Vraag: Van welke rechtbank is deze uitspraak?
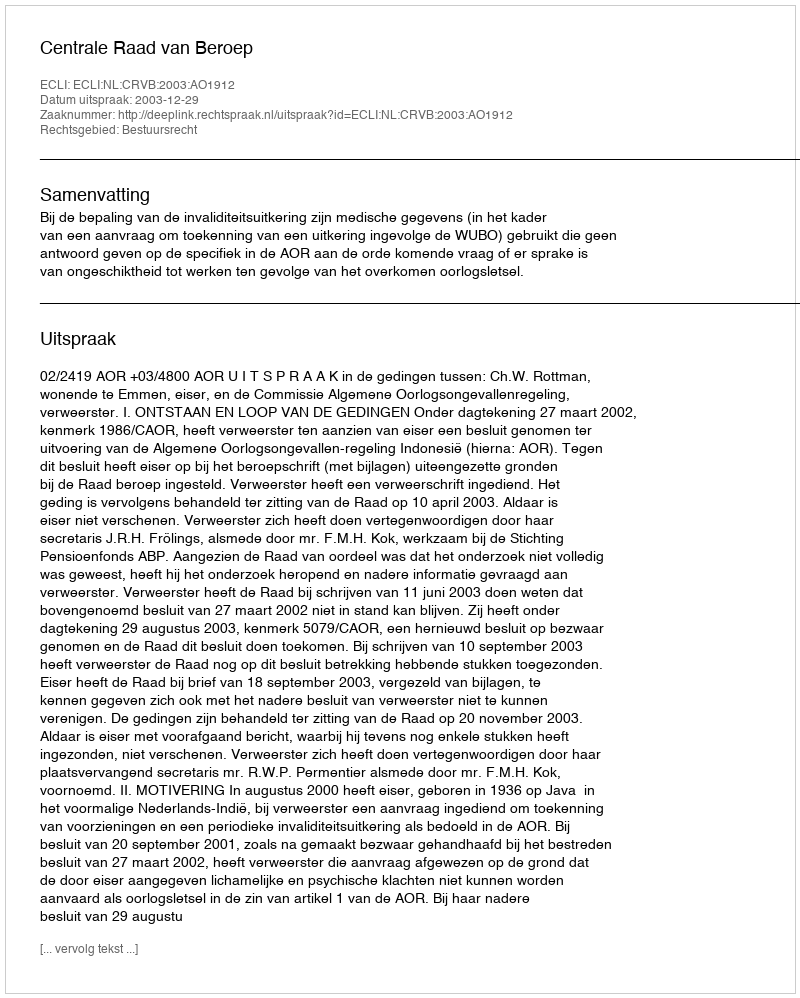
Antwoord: Centrale Raad van Beroep